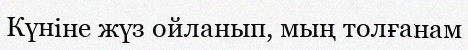
Күніне жүз ойланып, мың толғанам